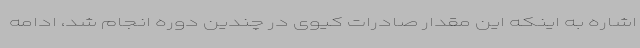
اشاره به اینکه این مقدار صادرات کیوی در چندین دوره انجام شد، ادامه